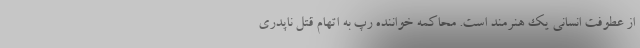
از عطوفت انسانی یک هنرمند است. محاکمه خواننده رپ به اتهام قتل ناپدری